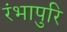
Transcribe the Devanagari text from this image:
रंभापुरि